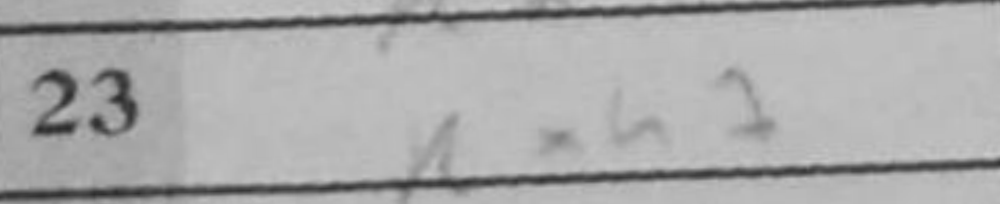
Transcription: Rxh7